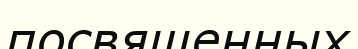
посвященных